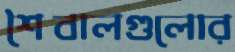
শৈবালগুলোর